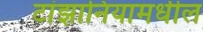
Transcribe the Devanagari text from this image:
टांझानियामधील